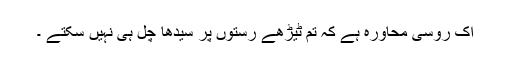
اک روسی محاورہ ہے کہ تم ٹیڑھے رستوں پر سیدھا چل ہی نہیں سکتے ۔